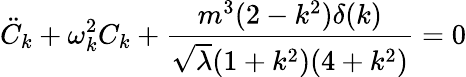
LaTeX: {\ddot{C}}_{k}+\omega_{k}^{2}C_{k}+\frac{m^{3}(2-k^{2})\delta(k)}{{\sqrt\lambda}(1+k^{2})(4+k^{2})}=0